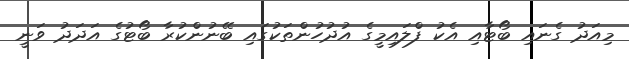
މިއަދު ގެނައި ބޯޓާއި އެކު ފްލައިމީގެ އުދުހުންތަކުގައި ބޭނުންކުރާ ބޯޓުގެ އަދަދު ވަނީ